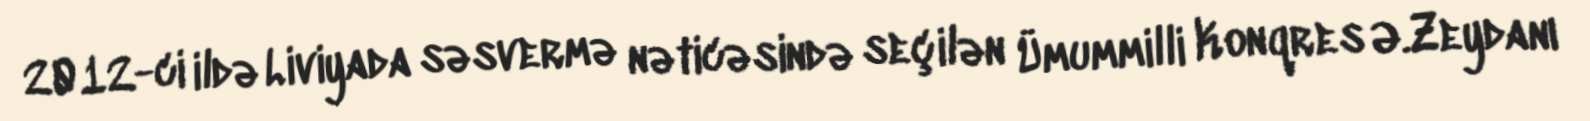
2012-ci ildə Liviyada səsvermə nəticəsində seçilən Ümummilli Konqres Ə.Zeydanı